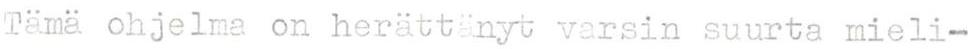
Tämä ohjelma on herättänyt varsin suurta mieli-